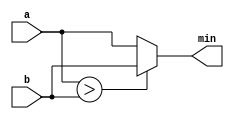
module min(input [7:0] a,b, output [7:0] min);
    assign min = (a>b)?b:a;
endmodule

module top_module (
    input [7:0] a, b, c, d,
    output [7:0] min);
    
    wire [7:0] w1,w2;
    min tmp1(.a(a),.b(b),.min(w1));
    min tmp2(.a(c),.b(d),.min(w2));
    min tmp3(.a(w1),.b(w2),.min(min));

endmodule